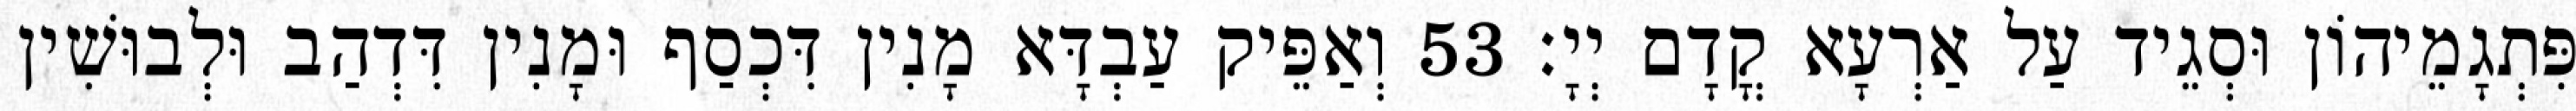
פִּתְגָמֵיהוֹן וּסְגֵיד עַל אַרְעָא קֳדָם יְיָ׃ 53 וְאַפֵּיק עַבְדָּא מָנִין דִּכְסַף וּמָנִין דִּדְהַב וּלְבוּשִׁין